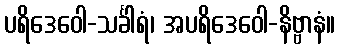
ပရိဒေဝေါ-သင်္ခါရံ၊ အပရိဒေဝေါ-နိဗ္ဗာနံ။